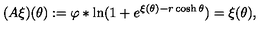
( A \xi ) ( \theta ) : = \varphi \ast \ln ( 1 + e ^ { \xi ( \theta ) - r \cosh \theta } ) = \xi ( \theta ) ,